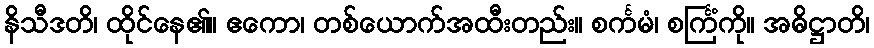
နိသီဒတိ၊ ထိုင်နေ၏။ ဧကော၊ တစ်ယောက်အထီးတည်း။ စင်္ကမံ၊ စင်္ကြံကို။ အဓိဋ္ဌာတိ၊